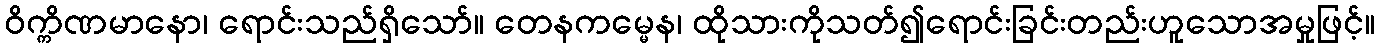
ဝိက္ကိဏမာနော၊ ရောင်းသည်ရှိသော်။ တေနကမ္မေန၊ ထိုသားကိုသတ်၍ရောင်းခြင်းတည်းဟူသောအမှုဖြင့်။